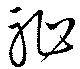
恥